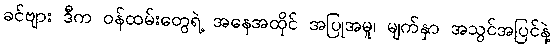
ခင်ဗျား ဒီက ဝန်ထမ်းတွေရဲ့ အနေအထိုင် အပြုအမူ၊ မျက်နှာ အသွင်အပြင်နဲ့